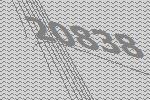
20838